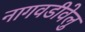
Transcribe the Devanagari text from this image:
नागवडीवेलु